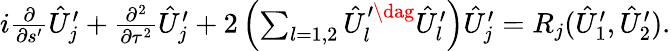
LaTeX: \begin{array}{r}{i\frac{\partial}{\partial s^{\prime}}\hat{U}_{j}^{\prime}+\frac{\partial^{2}}{\partial\tau^{2}}\hat{U}_{j}^{\prime}+2\left(\sum_{l=1,2}\hat{U}_{l}^{\prime\dag}\hat{U}_{l}^{\prime}\right)\hat{U}_{j}^{\prime}=R_{j}(\hat{U}_{1}^{\prime},\hat{U}_{2}^{\prime}).}\end{array}